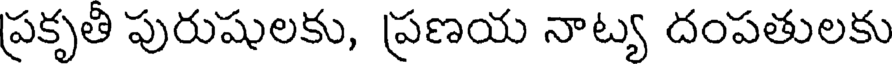
ప్రకృతి పురుషులకు, ప్రణయ నాట్య దంపతులకు